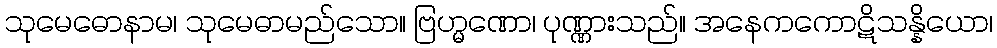
သုမေဓောနာမ၊ သုမေဓာမည်သော။ ဗြဟ္မဏော၊ ပုဏ္ဏားသည်။ အနေကကောဋိသန္နိယော၊